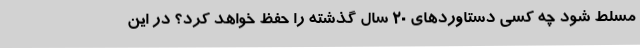
مسلط شود چه کسی دستاوردهای ۲۰ سال گذشته را حفظ خواهد کرد؟ در این